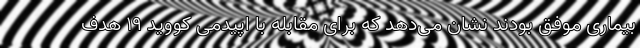
بیماری موفق بودند نشان می‌دهد که برای مقابله با اپیدمی کووید ۱۹ هدف